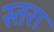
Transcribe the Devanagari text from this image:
स्तरा